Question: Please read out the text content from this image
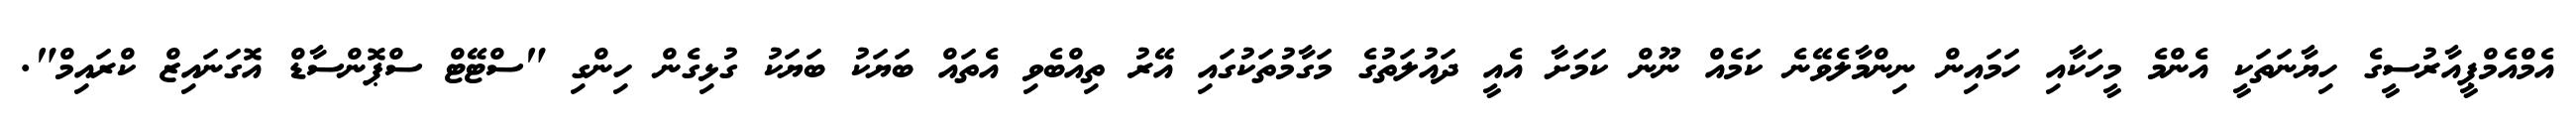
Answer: އެމްއެމްޕީއާރުސީގެ ހިޔާނަތަކީ އެންމެ މީހަކާއި ހަމައިން ނިންމާލެވޭނެ ކަމެއް ނޫން ކަމަށާ އެއީ ދައުލަތުގެ މަގާމުތަކުގައި އޭރު ތިއްބެވި އެތައް ބަޔަކު ބަޔަކު ގުޅިގެން ހިންގި "ސްޓޭޓް ސްޕޮންސާޑް އޮގަނައިޒް ކްރައިމް".